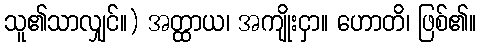
သူ၏သာလျှင်။) အတ္ထာယ၊ အကျိုးငှာ။ ဟောတိ၊ ဖြစ်၏။